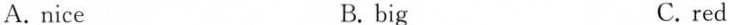
A. nice B. big C. red